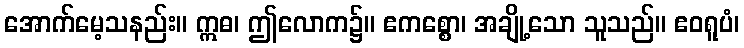
အောက်မေ့သနည်း။ ဣဓ၊ ဤလောက၌။ ဧကစ္စော၊ အချို့သော သူသည်။ ဧဝရူပံ၊